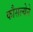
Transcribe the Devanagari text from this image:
कौसल्येने